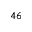
^ { 4 6 }